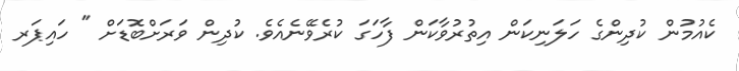
ކެއުމުން ކުދިންގެ ހަލަނިކަން އިތުރުވާކަން ފާހަގަ ކުރެވޭނެއެވެ. ކުދިން ވަރަށްބޮޑަށް " ހައިޕަރ